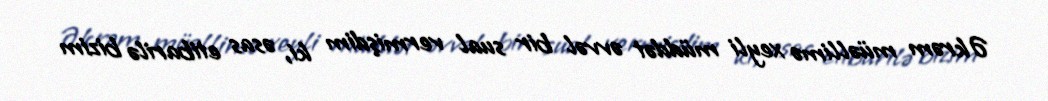
Əkrəm müəllimə xeyli müddət əvvəl bir sual vermişdim ki, əsas etibarilə bizim